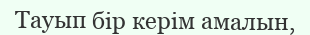
Тауып бір керім амалын,